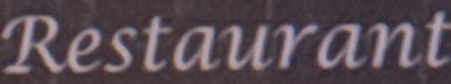
Restaurant